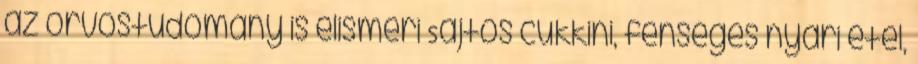
az orvostudomány is elismeri Sajtos cukkini, fenséges nyári étel,